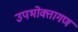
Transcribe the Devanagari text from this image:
उपभोक्तागण